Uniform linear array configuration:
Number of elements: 16
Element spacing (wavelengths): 0.5
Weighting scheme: cosine
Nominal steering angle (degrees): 15
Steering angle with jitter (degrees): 14.704
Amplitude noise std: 0.05
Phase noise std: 0.05

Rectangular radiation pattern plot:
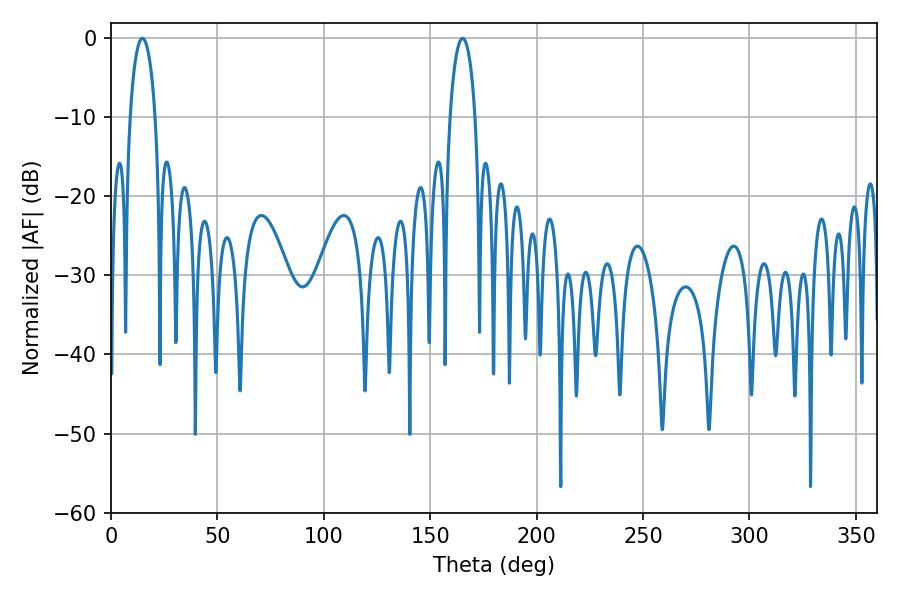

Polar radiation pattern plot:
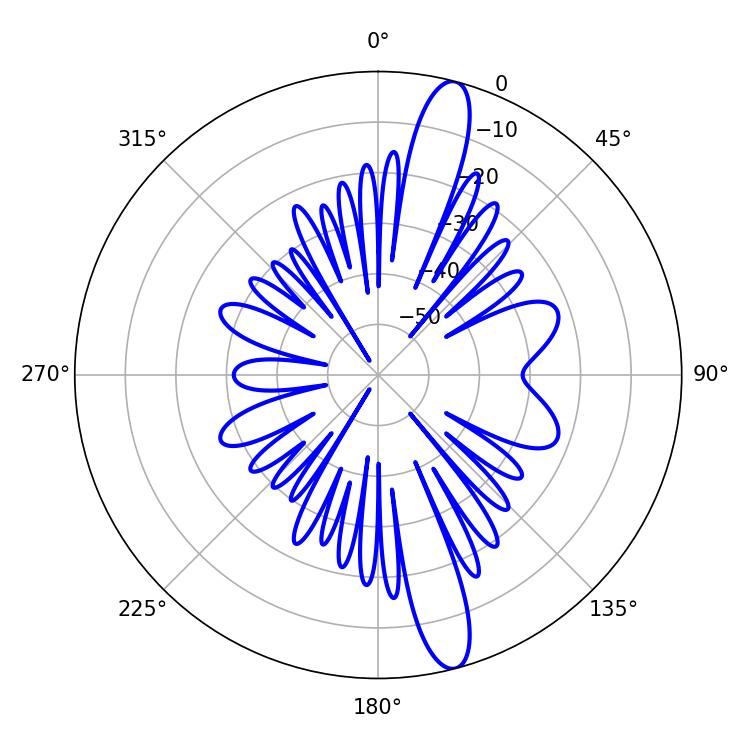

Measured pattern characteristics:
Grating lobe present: FALSE
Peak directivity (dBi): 14.69
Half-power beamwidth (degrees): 6.84
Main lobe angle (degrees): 14.76